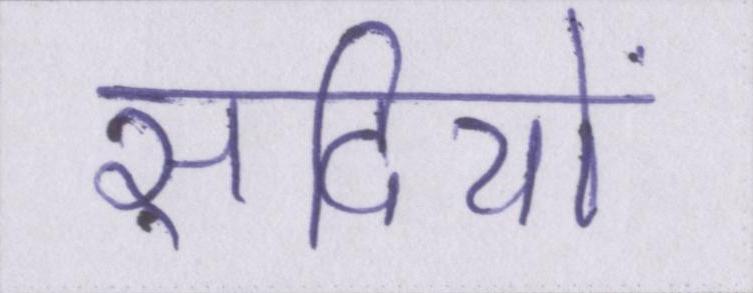
सदियों